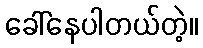
ခေါ်နေပါတယ်တဲ့။